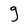
Character: g